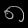
Digit: ၈